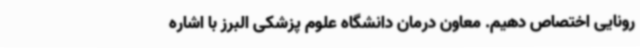
رونایی اختصاص دهیم. معاون درمان دانشگاه علوم پزشکی البرز با اشاره